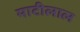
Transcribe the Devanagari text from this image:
माटीलाल